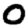
Digit: 0